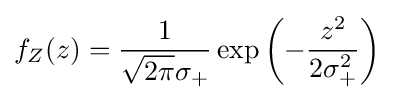
f_{Z}(z)={\frac {1}{{\sqrt {2\pi }}\sigma _{+}}}\exp \left(-{\frac {z^{2}}{2\sigma _{+}^{2}}}\right)